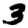
Digit: 3